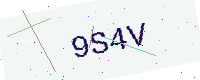
Text: 9S4V